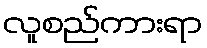
လူစည်ကားရာ